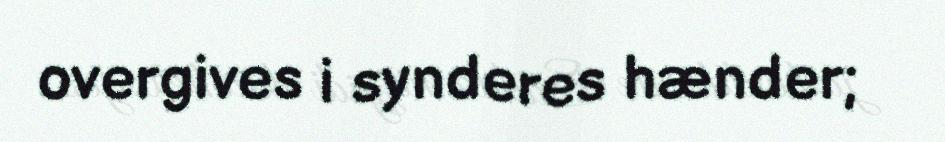
overgives i synderes hænder;